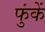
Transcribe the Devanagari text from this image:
फुंकें